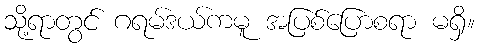
သို့ရာတွင် ဂရမ်ဒယ်ကမူ အပြစ်ပြောစရာ မရှိ။